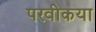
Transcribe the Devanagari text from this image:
परवीकया